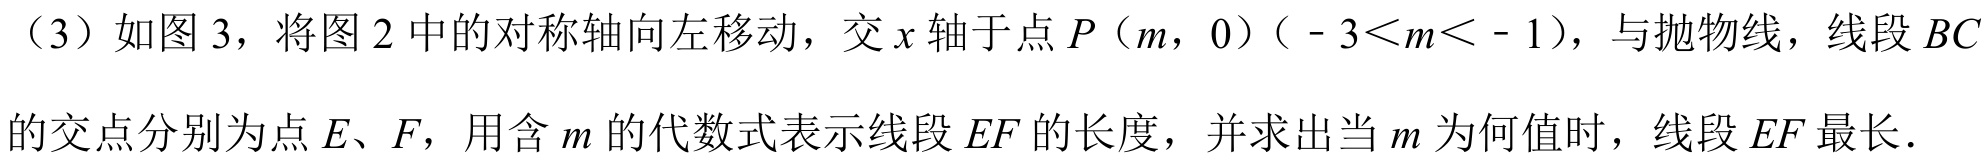
（3）如图3，将图2中的对称轴向左移动，交\(x\)轴于点\(P(m,0)( - 3<m< - 1)\)，与抛物线，线段\(BC\)的交点分别为点\(E、F\)，用含\(m\)的代数式表示线段\(EF\)的长度，并求出当\(m\)为何值时，线段\(EF\)最长.